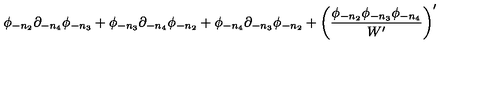
\phi _ { - n _ { 2 } } \partial _ { - n _ { 4 } } \phi _ { - n _ { 3 } } + \phi _ { - n _ { 3 } } \partial _ { - n _ { 4 } } \phi _ { - n _ { 2 } } + \phi _ { - n _ { 4 } } \partial _ { - n _ { 3 } } \phi _ { - n _ { 2 } } + \left( { \frac { \phi _ { - n _ { 2 } } \phi _ { - n _ { 3 } } \phi _ { - n _ { 4 } } } { W ^ { \prime } } } \right) ^ { \prime }